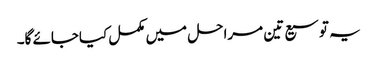
یہ توسیع تین مراحل میں مکمل کیاجائے گا۔